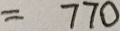
= 7 7 0